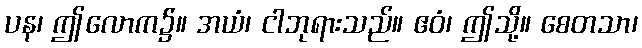
ပန၊ ဤလောက၌။ အယံ၊ ငါဘုရားသည်။ ဧဝံ၊ ဤသို့။ စေတသာ၊